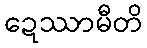
ဍေဿာမီတိ